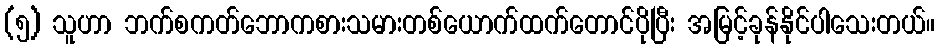
(၅) သူဟာ ဘက်စကတ်ဘောကစားသမားတစ်ယောက်ထက်တောင်ပိုပြီး အမြင့်ခုန်နိုင်ပါသေးတယ်။